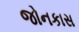
જોનકાસ